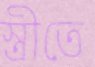
স্ত্রীতে